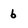
Character: 6